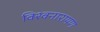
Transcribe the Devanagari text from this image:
विश्वनारायण